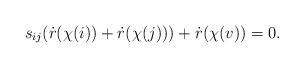
LaTeX: \begin{align*}s_{ij}(\dot{r}(\chi(i))+\dot{r}(\chi(j)))+\dot{r}(\chi(v))=0.\end{align*}